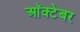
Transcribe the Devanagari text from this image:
आॅक्टेबर